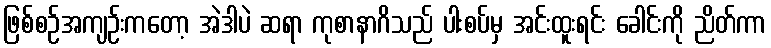
ဖြစ်စဉ်အကျဉ်းကတော့ အဲဒါပဲ ဆရာ ကုစာနာဂိသည် ပါးစပ်မှ အင်းထူးရင်း ခေါင်းကို ညိတ်ကာ